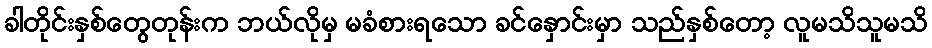
ခါတိုင်းနှစ်တွေတုန်းက ဘယ်လိုမှ မခံစားရသော ခင်နှောင်းမှာ သည်နှစ်တော့ လူမသိသူမသိ